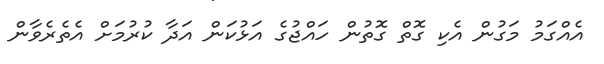
އެއްގަމު މަގުން އެކި ގޮތް ގޮތުން ހައްޖުގެ އަޅުކަން އަދާ ކުރުމަށް އެތެރެވާން